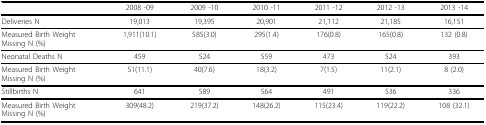
<table><thead><tr><td></td><td><b>2008 -09</b></td><td><b>2009 -10</b></td><td><b>2010 -11</b></td><td><b>2011 -12</b></td><td><b>2012 -13</b></td><td><b>2013 -14</b></td></tr></thead><tbody><tr><td>Deliveries N</td><td>19,013</td><td>19,395</td><td>20,901</td><td>21,112</td><td>21,185</td><td>16,151</td></tr><tr><td>Measured Birth WeightMissing N (%)</td><td>1,911(10.1)</td><td>585(3.0)</td><td>295(1.4)</td><td>176(0.8)</td><td>165(0.8)</td><td>132 (0.8)</td></tr><tr><td>Neonatal Deaths N</td><td>459</td><td>524</td><td>559</td><td>473</td><td>524</td><td>393</td></tr><tr><td>Measured Birth WeightMissing N (%)</td><td>51(11.1)</td><td>40(7.6)</td><td>18(3.2)</td><td>7(1.5)</td><td>11(2.1)</td><td>8 (2.0)</td></tr><tr><td>Stillbirths N</td><td>641</td><td>589</td><td>564</td><td>491</td><td>536</td><td>336</td></tr><tr><td>Measured Birth WeightMissing N (%)</td><td>309(48.2)</td><td>219(37.2)</td><td>148(26.2)</td><td>115(23.4)</td><td>119(22.2)</td><td>108 (32.1)</td></tr></tbody></table>